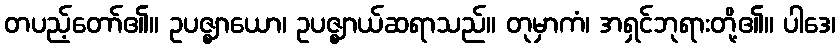
တပည့်တော်၏။ ဥပဇ္ဈာယော၊ ဥပဇ္ဈာယ်ဆရာသည်။ တုမှာကံ၊ အရှင်ဘုရားတို့၏။ ပါဒေ၊